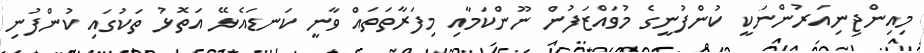
މިއިންޖިނިއަރުންނަކީ ކުންފުނީގެ މުވައްޒަފުން ނޫންކަމާއި މިފަރާތަތައް ވާނީ ކަނޑައެޅޭ އަތޮޅު ތަކުގައި ކުންފުނި